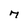
Character: M